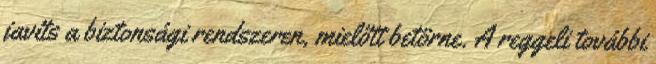
javíts a biztonsági rendszeren, mielőtt betörne. A reggeli további